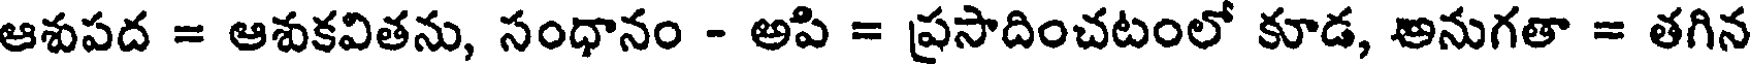
ఆశుపద = ఆశుకవితను, సంధానం - అపి = ప్రసాదించటంలో కూడ, అనుగతా = తగిన